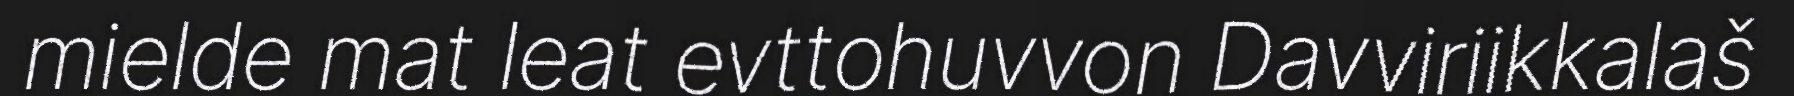
mielde mat leat evttohuvvon Davviriikkalaš